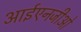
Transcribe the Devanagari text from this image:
आईएनजीओ